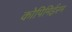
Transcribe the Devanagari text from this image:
कोपिमिईस्म